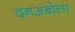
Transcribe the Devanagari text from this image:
दनअबोला